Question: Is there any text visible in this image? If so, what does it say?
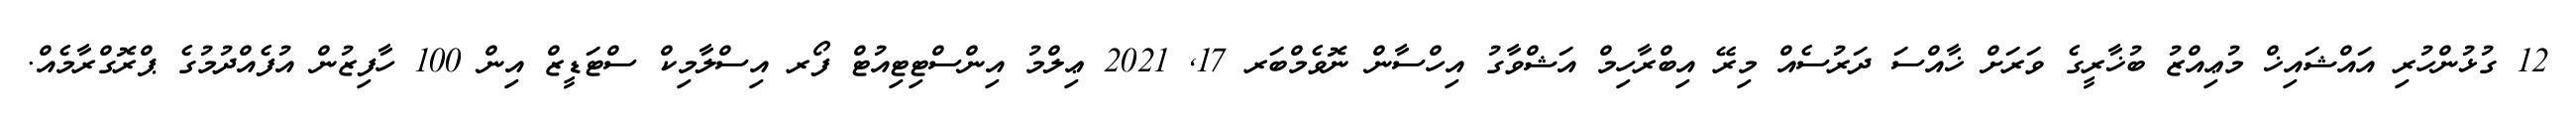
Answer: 12 ގުޅުންހުރި އައްޝައިޚް މުޢިއްޒު ބުޚާރީގެ ވަރަށް ޚާއްސަ ދަރުސެއް މިރޭ އިބްރާހިމް އަޝްވާގު އިހްސާން ނޮވެމްބަރ 17, 2021 ޢިލްމު އިންސްޓިޓިއުޓް ފޯރ އިސްލާމިކް ސްޓަޑީޒް އިން 100 ހާފިޒުން އުފެއްދުމުގެ ޕްރޮގްރާމެއް.